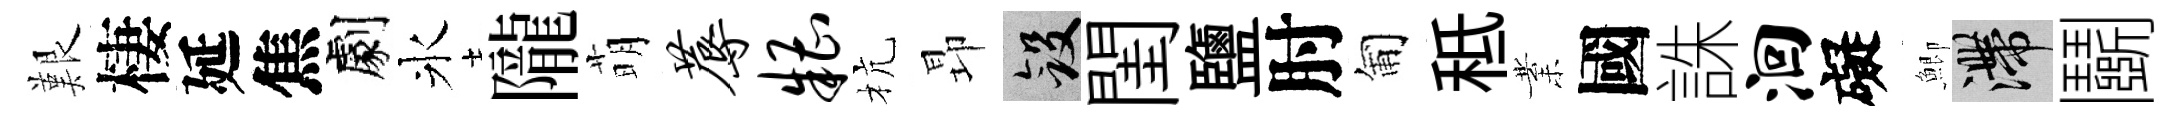
艱棲延焦劇氷隴萌蓐糟杭昻斂閨鹽肘匍秪業國誅洄礙鯽滯鬬